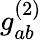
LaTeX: g_{ab}^{(2)}